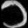
Digit: ၁